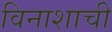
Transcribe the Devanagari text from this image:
विनाशाची